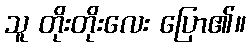
သူ တိုးတိုးလေး ပြော၏။